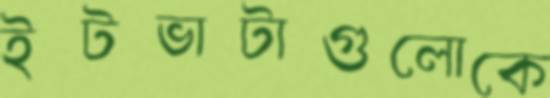
ইটভাটাগুলোকে